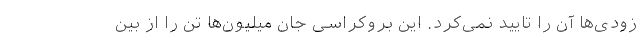
زودی‌ها آن را تایید نمی‌کرد. این بروکراسی جان میلیون‌ها تن را از بین